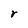
Character: r